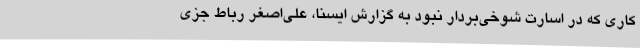
کاری که در اسارت شوخی‌بردار نبود به گزارش ایسنا، علی‌اصغر رباط جزی